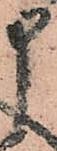
申